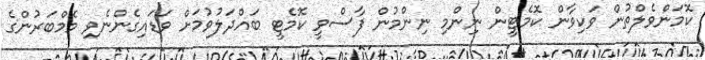
ކޮމަންވެލްތުން ވަކިވާން ކޮމެޓީން ނިންމި ނިންމުން ފާސްވީ ކޮމެޓީ ބައްދަލުވުމަށް ވަޑައިގެންނެވި މެމްބަރުންގެ